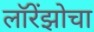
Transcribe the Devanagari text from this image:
लॉरेंझोचा